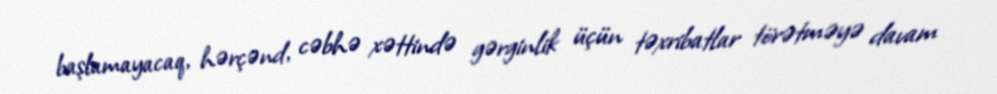
başlamayacaq, hərçənd, cəbhə xəttində gərginlik üçün təxribatlar törətməyə davam